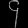
Digit: ၄